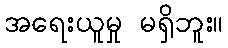
အရေးယူမှု မရှိဘူး။